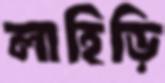
লাহিড়ি